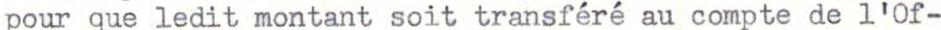
pour que ledit montant soit transféré au compte de l'Of-